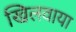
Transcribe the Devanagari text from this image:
खिलवाया